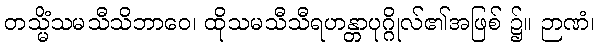
တသ္မိံသမသီသိဘာဝေ၊ ထိုသမသီသီရဟန္တာပုဂ္ဂိုလ်၏အဖြစ် ၌။ ဉာဏံ၊